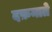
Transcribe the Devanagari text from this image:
दफ़नाते